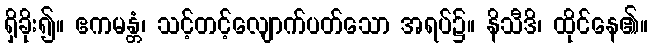
ရှိခိုး၍။ ဧကမန္တံ၊ သင့်တင့်လျောက်ပတ်သော အရပ်၌။ နိသီဒိ၊ ထိုင်နေ၏။